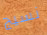
نسيج